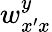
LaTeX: w_{x^{\prime}x}^{y}